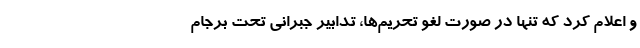
و اعلام کرد که تنها در صورت لغو تحریم‌ها، تدابیر جبرانی تحت برجام